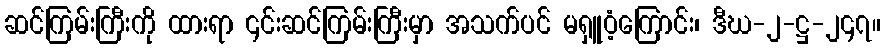
ဆင်ကြမ်းကြီးကို ထားရာ ၎င်းဆင်ကြမ်းကြီးမှာ အသက်ပင် မရှူဝံ့ကြောင်း၊ ဒီဃ-၂-ဋ္ဌ-၂၄၇။